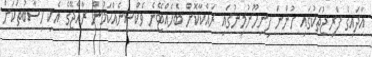
އާދައިގެ ފްރިޖުތަކުގައި ހުންނަ ފިނިހޫނުމިނުގައި ރައްކާކޮށް ބެހެއްޓޭނެ ވެކްސިނެއްކަމުން ރާއްޖޭގެ އެކި ހިސާބުތަކަށް